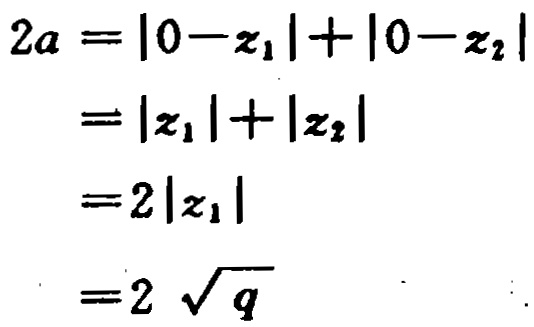
\[
\begin{align*}
2a&=|0 - z_1|+|0 - z_2|\\
&=|z_1|+|z_2|\\
&=2|z_1|\\
&=2\sqrt{q}
\end{align*}
\]